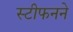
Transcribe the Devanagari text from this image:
स्टीफनने